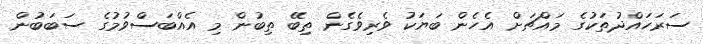
ސަރަހައްދުތަކުގެ މައްޗަށް އެހެން ބަޔަކު ވެރިވެގެން ތިބޭ ތިބުން މި އެއްބަސްވުމުގެ ސަބަބުން